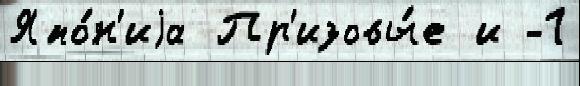
Япо́н'иjа Пр'изовы́е и -1